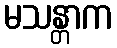
မသန္တာက